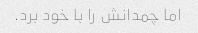
اما چمدانش را با خود برد.